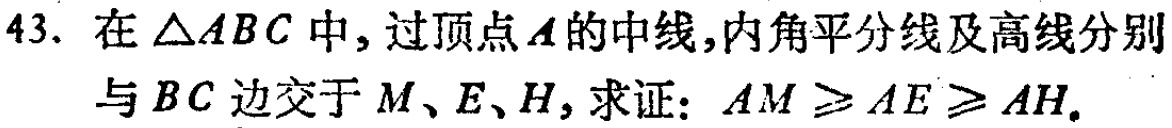
43. 在\(\triangle ABC\)中，过顶点\(A\)的中线，内角平分线及高线分别与\(BC\)边交于\(M\)、\(E\)、\(H\)，求证：\(AM\geqslant AE\geqslant AH\)。